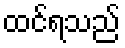
ထင်ရသည်